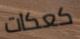
كعكات